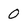
Character: 0